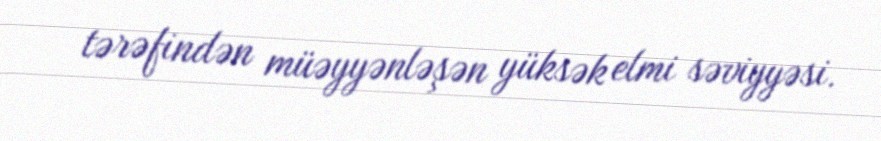
tərəfindən müəyyənləşən yüksək elmi səviyyəsi.